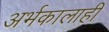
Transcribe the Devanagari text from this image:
अर्भकालाही